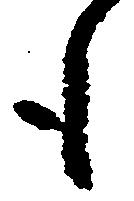
も